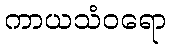
ကာယသံဝရော